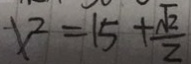
x ^ { 2 } = 1 5 + \frac { \sqrt { 2 } } { 2 }